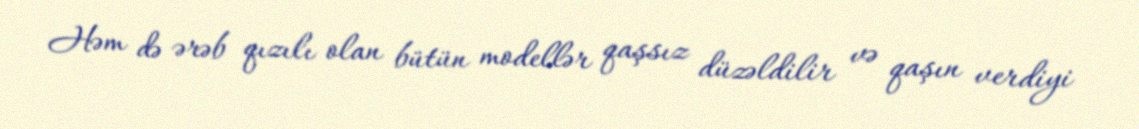
Həm də ərəb qızılı olan bütün modellər qaşsız düzəldilir və qaşın verdiyi